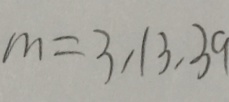
m = 3 , 1 3 , 3 9